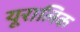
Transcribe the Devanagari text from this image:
यूरालिक